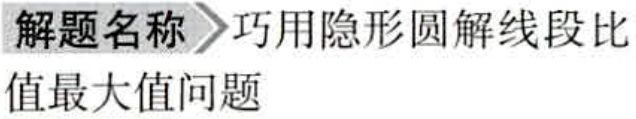
解题名称 \(\rhd\) 巧用隐形圆解线段比值最大值问题